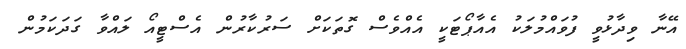
އޭނާ ވިދާޅުވީ ފުވައްމުލަކު އެއާޕޯޓަކީ އެއްވެސް ގޮތަކަށް ސަރުކާރުން އެސްޓީއޯ ލައްވާ ގަދަކަމުން